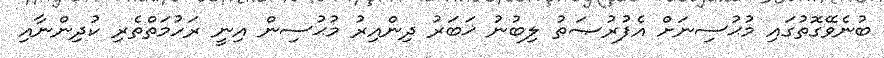
ބުނެވޭގޮތުގައި މުޙުސިނަށް އެފުރުޞަތު ލިބުނު ޚަބަރު ދިންއިރު މުޙުސިން އިނީ ރަހުމަތްތެރި ކުދިންނާއި